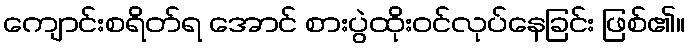
ကျောင်းစရိတ်ရ အောင် စားပွဲထိုးဝင်လုပ်နေခြင်း ဖြစ်၏။